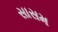
સાસમ